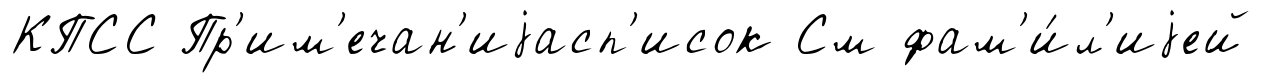
КПСС Пр'им'ечан'иjасп'исок См фам'и́л'иjей